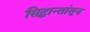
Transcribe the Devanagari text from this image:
सिद्धान्तांतून